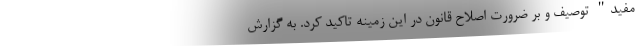
مفید" توصیف و بر ضرورت اصلاح قانون در این زمینه تاکید کرد. به گزارش